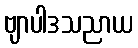
ဗျာပါဒသညာယ